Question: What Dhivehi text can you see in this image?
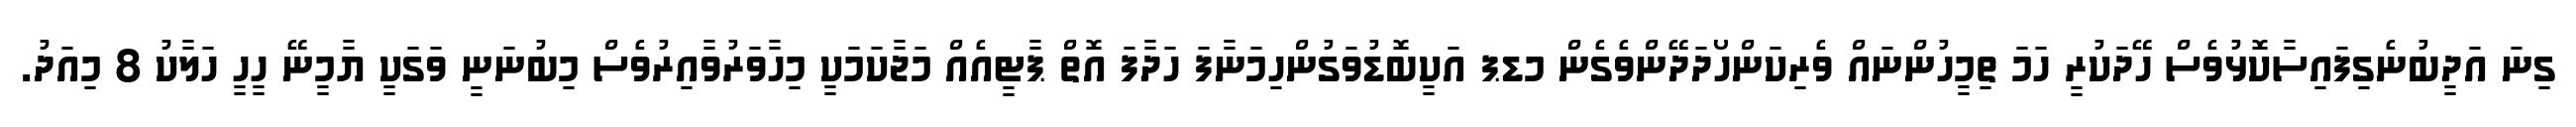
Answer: ގިނަ އަދީބުނެގިފައިސާކޮޅުވެސް ހޭދަކުރީ ހަމަ ތިމީހުންނައް ވެރިކަންހޯދަދޭންވެގެން މޑޕ އަކީބޮޑުވަގުންހިމަނާފަ ހަދާފަ އޮތް ޕާޓީއެއް މަޖާކަމަކީ މިހާވަރުވާއިރުވެސް މިބުނަނީ ވަގަކީ ޔާމީނޭ ހީހީ ހަލާކު 8 މިއަދު.